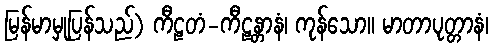
မြန်မာမှုပြန်သည်) ကီဠတံ-ကီဠန္တာနံ၊ ကုန်သော။ မာတာပုတ္တာနံ၊